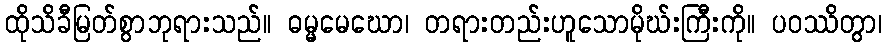
ထိုသိခီမြတ်စွာဘုရားသည်။ ဓမ္မမေဃော၊ တရားတည်းဟူသောမိုဃ်းကြီးကို။ ပဝဿိတွာ၊